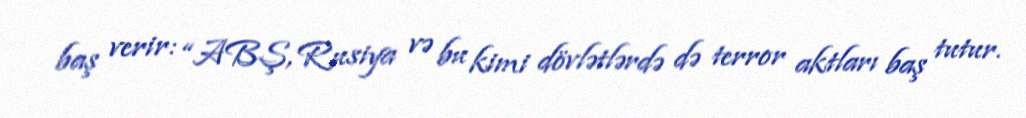
baş verir: “ABŞ, Rusiya və bu kimi dövlətlərdə də terror aktları baş tutur.